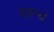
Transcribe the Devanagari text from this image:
साघ्य